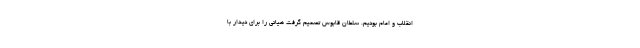
انقلاب و امام بودیم. سلطان قابوس تصمیم گرفت هیاتی را برای دیدار با